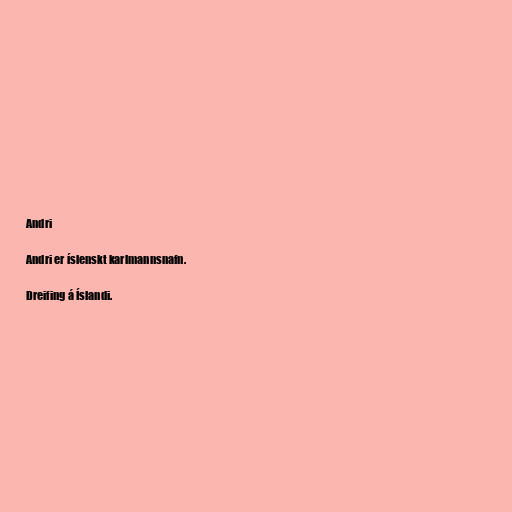
Andri

Andri er íslenskt karlmannsnafn.

Dreifing á Íslandi.